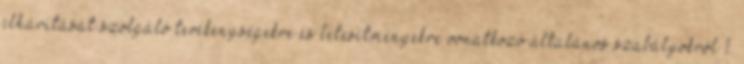
elhárítását szolgáló tevékenységekre és létesítményekre vonatkozó általános szabályokról 1.